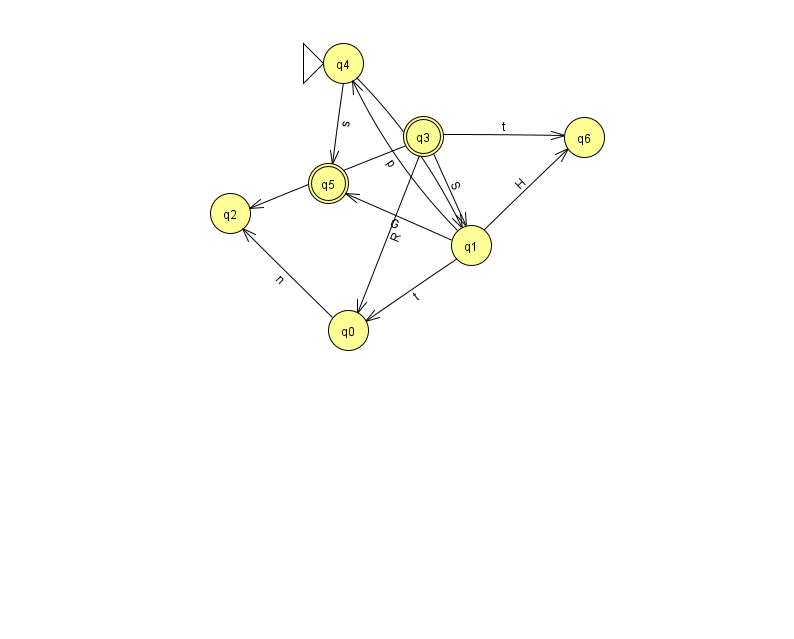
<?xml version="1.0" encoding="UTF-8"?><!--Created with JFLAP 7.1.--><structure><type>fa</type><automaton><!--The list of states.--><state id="0" name="q0"><x>348.0</x><y>317.0</y></state><state id="1" name="q1"><x>471.0</x><y>232.0</y></state><state id="2" name="q2"><x>230.0</x><y>200.0</y></state><state id="3" name="q3"><x>423.0</x><y>123.0</y><final/></state><state id="4" name="q4"><x>343.0</x><y>50.0</y><initial/></state><state id="5" name="q5"><x>328.0</x><y>170.0</y><final/></state><state id="6" name="q6"><x>584.0</x><y>124.0</y></state><!--The list of transitions.--><transition><from>1</from><to>6</to><read>H</read></transition><transition><from>3</from><to>0</to><read>R</read></transition><transition><from>3</from><to>1</to><read>S</read></transition><transition><from>4</from><to>5</to><read>s</read></transition><transition><from>1</from><to>4</to><read>p</read></transition><transition><from>1</from><to>0</to><read>t</read></transition><transition><from>1</from><to>5</to><read>G</read></transition><transition><from>4</from><to>1</to><read>t</read></transition><transition><from>0</from><to>2</to><read>n</read></transition><transition><from>3</from><to>2</to><read>w</read></transition><transition><from>3</from><to>6</to><read>t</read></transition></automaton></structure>